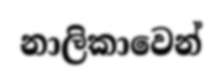
නාලිකාවෙන්